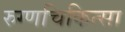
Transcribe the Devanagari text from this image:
रुग्णचिकित्सा